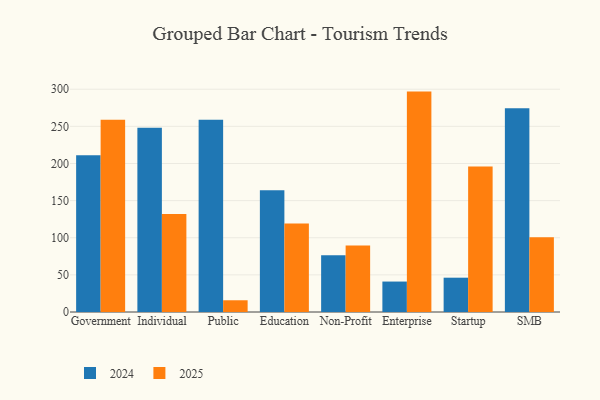
{"axis": {"x": "Segment", "y": "Headcount"}, "legend": ["2024", "2025"], "data": [{"x": "Government", "y": 259.0, "type": "2025"}, {"x": "Government", "y": 211.1, "type": "2024"}, {"x": "Individual", "y": 131.9, "type": "2025"}, {"x": "Individual", "y": 248.1, "type": "2024"}, {"x": "Public", "y": 15.8, "type": "2025"}, {"x": "Public", "y": 259.0, "type": "2024"}, {"x": "Education", "y": 119.2, "type": "2025"}, {"x": "Education", "y": 163.8, "type": "2024"}, {"x": "Non-Profit", "y": 89.7, "type": "2025"}, {"x": "Non-Profit", "y": 76.3, "type": "2024"}, {"x": "Enterprise", "y": 296.8, "type": "2025"}, {"x": "Enterprise", "y": 41.0, "type": "2024"}, {"x": "Startup", "y": 196.0, "type": "2025"}, {"x": "Startup", "y": 46.2, "type": "2024"}, {"x": "SMB", "y": 100.5, "type": "2025"}, {"x": "SMB", "y": 274.4, "type": "2024"}]}